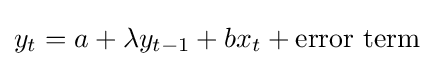
y_{t}=a+\lambda y_{t-1}+bx_{t}+{\text{error term}}